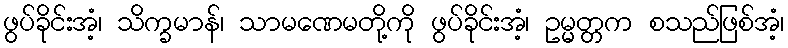
ဖွပ်ခိုင်းအံ့၊ သိက္ခမာန်၊ သာမဏေမတို့ကို ဖွပ်ခိုင်းအံ့၊ ဥမ္မတ္တက စသည်ဖြစ်အံ့၊